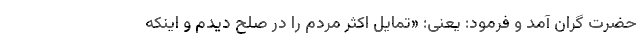
حضرت گران آمد و فرمود: یعنی: «تمايل اکثر مردم را در صلح دیدم و اینکه